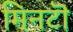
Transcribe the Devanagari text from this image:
मिनटॊ